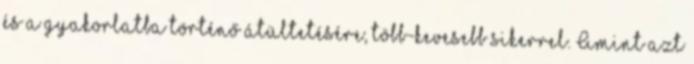
és a gyakorlatba történő átültetésére, több-kevesebb sikerrel. Amint azt